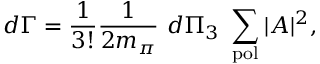
\displaystyle d \Gamma = \frac { 1 } { 3 ! } \frac { 1 } { 2 m _ { \pi } } ~ d \Pi _ { 3 } ~ \sum _ { \mathrm { p o l } } | { \cal A } | ^ { 2 } ,